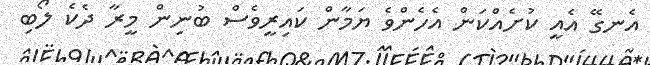
އެނގޭ އެއީ ކުށެއްކަން އެހެންވެ ޔަމާން ކައިރީވެސް ބުނިން މީރާ ދެކެ ލޯބި